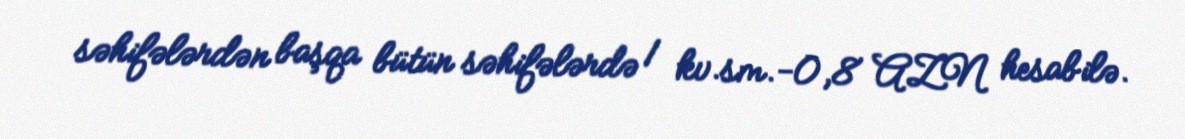
səhifələrdən başqa bütün səhifələrdə 1 kv.sm.-0,8 AZN hesabilə.